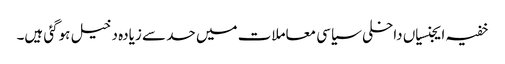
خفیہ ایجنسیاں داخلی سیاسی معاملات میں حد سے زیادہ دخیل ہوگئی ہیں۔